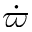
\dot { \varpi }